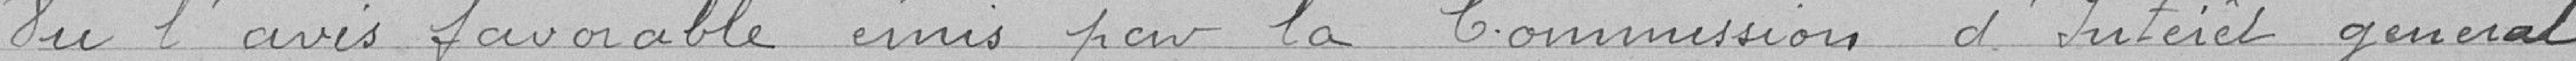
Vu l'avis favorable émis par la Commission d'Intérêt Général